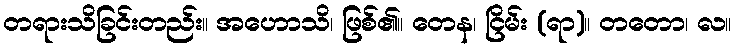
တရားသိခြင်းတည်း။ အဟောသိ၊ ဖြစ်၏။ တေန၊ ငြိမ်း (ရာ)။ တတော၊ လ။